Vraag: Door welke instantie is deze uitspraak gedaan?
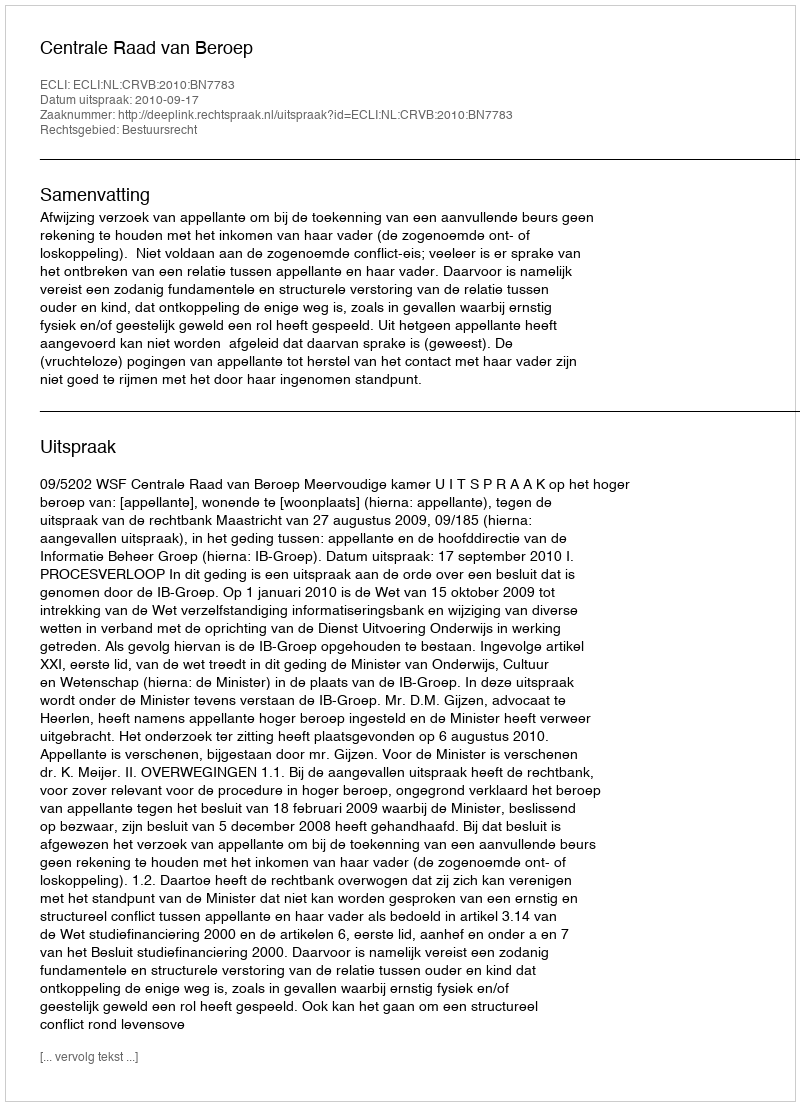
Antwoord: Centrale Raad van Beroep